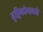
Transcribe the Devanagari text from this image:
दृष्टिकोनाकडे